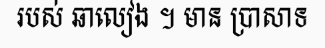
របស់ ឆាលៀង ។ មាន ប្រាសាទ